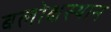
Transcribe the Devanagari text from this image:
बलोक्षस्थान